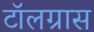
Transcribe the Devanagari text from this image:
टॉलग्रास